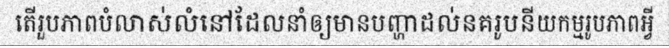
តើរួបភាពបំលាស់លំនៅដែលនាំឲ្យមានបញ្ហាដល់នគរូបនីយកម្មរូបភាពអ្វី